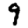
Digit: 9